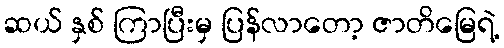
ဆယ် နှစ် ကြာပြီးမှ ပြန်လာတော့ ဇာတိမြေရဲ့